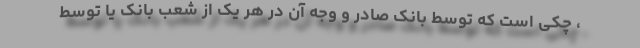
، چکی است که توسط بانک صادر و وجه آن در هر یک از شعب بانک یا توسط